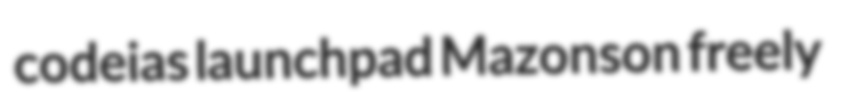
codeias launchpad Mazonson freely